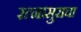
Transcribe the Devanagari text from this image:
रत्नासुराचा